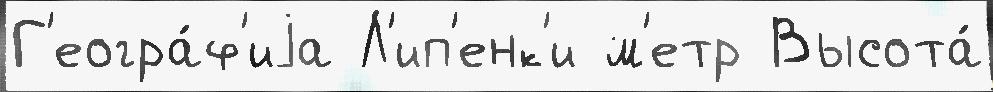
Г'еогра́ф'иjа Л'ип'енк'и м'етр Высота́